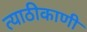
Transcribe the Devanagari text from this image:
त्याठीकाणी